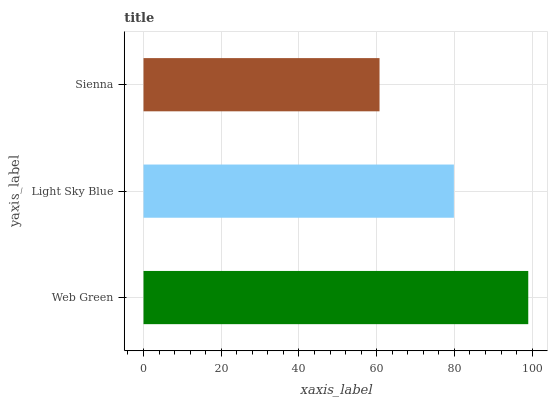
| yaxis_label | bars |
 | --- | --- |
 | Web Green | 99 |
 | Light Sky Blue | 79.9 |
 | Sienna | 60.7 |